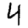
Digit: 4